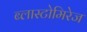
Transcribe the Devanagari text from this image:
ब्लास्टोमिरेज